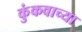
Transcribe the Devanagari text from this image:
कुंकवाच्या